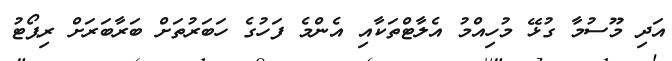
އަދި މޫސުމާ ގުޅޭ މުހިއްމު އެލާޓްތަކާއި އެންމެ ފަހުގެ ހަބަރުތަށް ބަރާބަރަށް ރިޕޯޓު